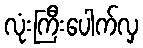
လုံးကြီးပေါက်လှ